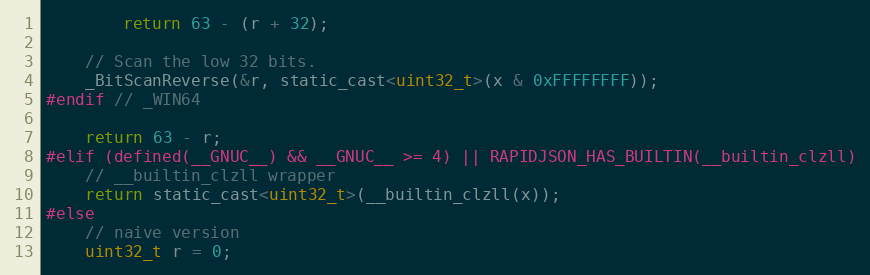
Language: C
        return 63 - (r + 32);

    // Scan the low 32 bits.
    _BitScanReverse(&r, static_cast<uint32_t>(x & 0xFFFFFFFF));
#endif // _WIN64

    return 63 - r;
#elif (defined(__GNUC__) && __GNUC__ >= 4) || RAPIDJSON_HAS_BUILTIN(__builtin_clzll)
    // __builtin_clzll wrapper
    return static_cast<uint32_t>(__builtin_clzll(x));
#else
    // naive version
    uint32_t r = 0;